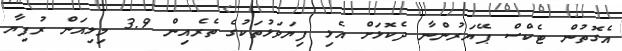
އެގޮތުން ޓެކްސް ޕޭޔަރުންނާ ދެކޮޅަށް އެޅި ފިޔަވަޅުތަކުގެ ތެރެއިން 3.9 މިލިއަން ރުފިޔާ